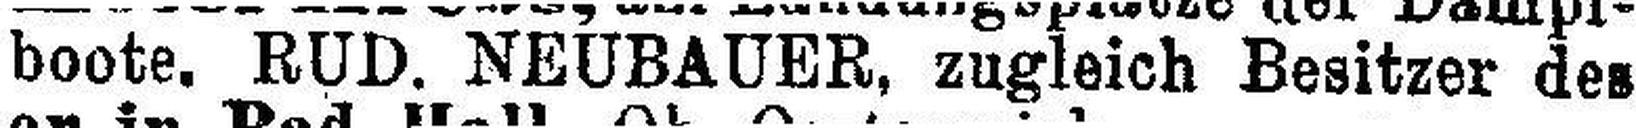
boote. RUD. NEUBAUER, zugleich Besitzer des